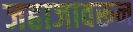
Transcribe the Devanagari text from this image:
जहाजावरून